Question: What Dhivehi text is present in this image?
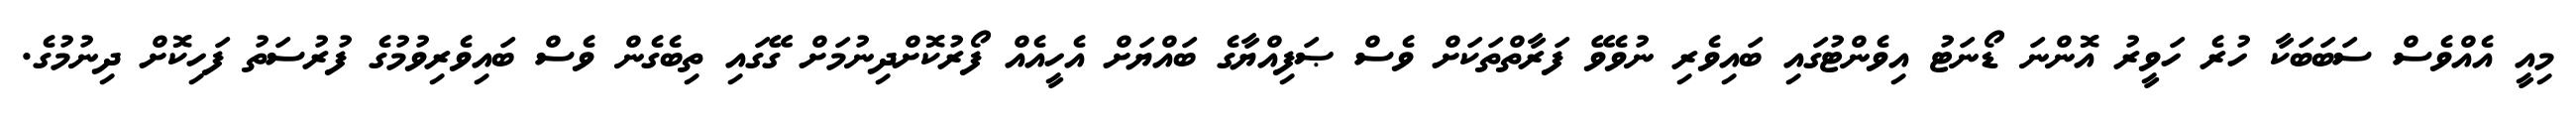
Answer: މިއީ އެއްވެސް ސަބަބަކާ ހުރެ ހަވީރު އޮންނަ ޑޯނަޓު އިވެންޓުގައި ބައިވެރި ނުވެވޭ ފަރާތްތަކަށް ވެސް ޞަފިއްޔާގެ ބައްޔަށް އެހީއެއް ފޯރުކޮށްދިނުމަށް ގޭގައި ތިބެގެން ވެސް ބައިވެރިވުމުގެ ފުރުސަތު ފަހިކޮށް ދިނުމުގެ.